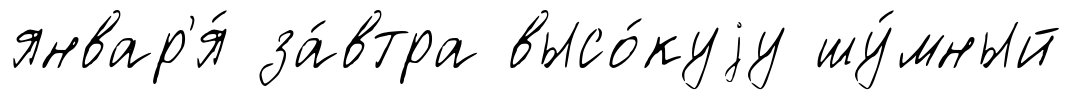
январ'я́ за́втра высо́куjу шу́мный